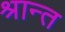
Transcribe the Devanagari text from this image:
श्रान्त